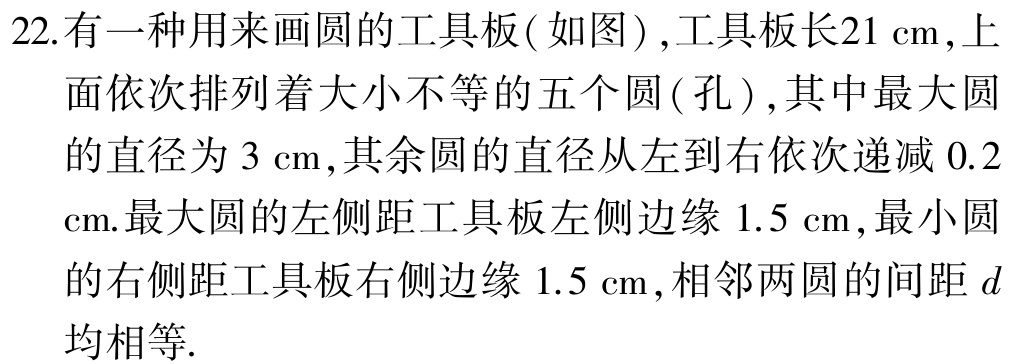
22. 有一种用来画圆的工具板( 如图), 工具板长\(21\ \mathrm{cm}\), 上面依次排列着大小不等的五个圆( 孔), 其中最大圆的直径为\(3\ \mathrm{cm}\), 其余圆的直径从左到右依次递减\(0.2\ \mathrm{cm}\). 最大圆的左侧距工具板左侧边缘\(1.5\ \mathrm{cm}\), 最小圆的右侧距工具板右侧边缘\(1.5\ \mathrm{cm}\), 相邻两圆的间距\(d\)均相等.